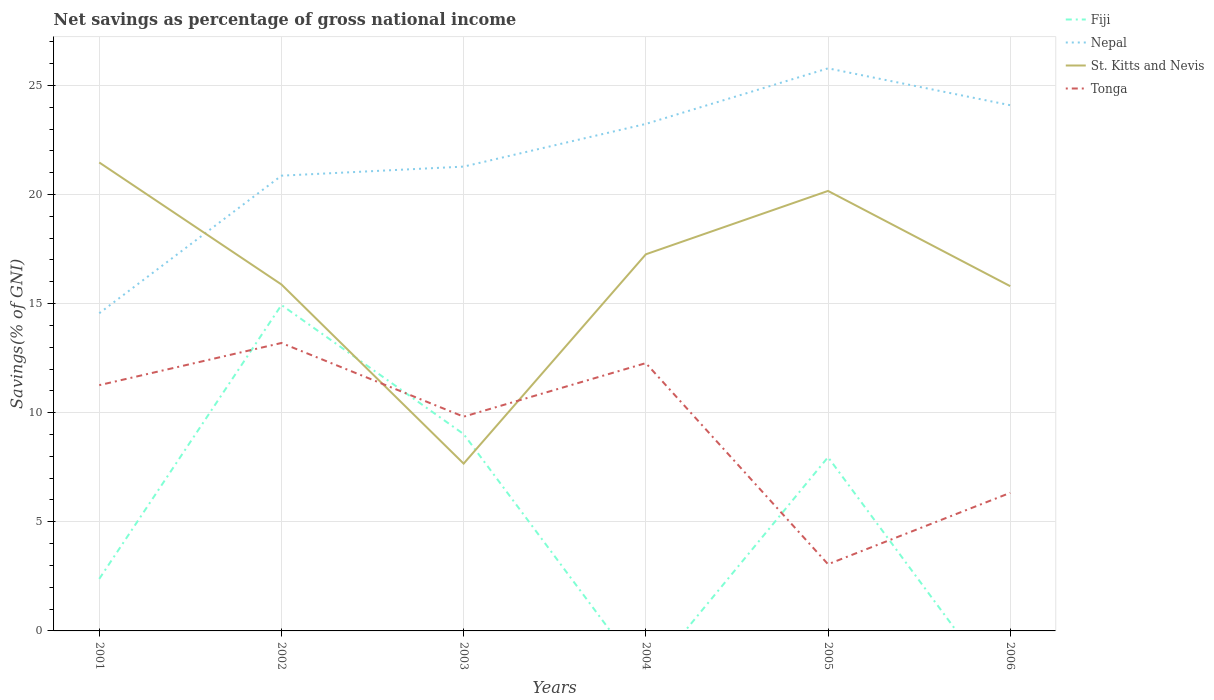
| Years | Fiji | Nepal | St. Kitts and Nevis | Tonga |
 | --- | --- | --- | --- | --- |
 | 2001 | 2.39 | 14.6 | 21.5 | 11.3 |
 | 2002 | 14.9 | 20.9 | 15.9 | 13.2 |
 | 2003 | 9.02 | 21.3 | 7.67 | 9.82 |
 | 2004 | -2.18 | 23.2 | 17.3 | 12.3 |
 | 2005 | 7.96 | 25.8 | 20.2 | 3.06 |
 | 2006 | -3.34 | 24.1 | 15.8 | 6.33 |